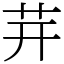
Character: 茾